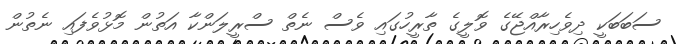
ސަބަބަކީ ދިވެހިރާއްޖޭގެ ވޮލީގެ ތާރީހުގައި ވެސް ނެތް ސްރީލަންކާ އަތުން މޮޅުވެފައި ނެތުން